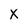
Character: X